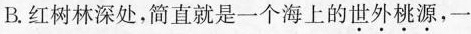
B.红树林深处，简直就是一个海上的\underset{·}{世}\underset{·}{外}\underset{·}{桃}\underset{·}{源}，一